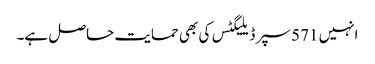
انہیں 571 سپر ڈیلیگٹس کی بھی حمایت حاصل ہے۔